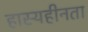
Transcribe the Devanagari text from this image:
हास्यहीनता